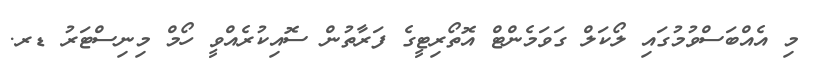
މި އެއްބަސްވުމުގައި ލޯކަލް ގަވަމެންޓް އޮތޯރިޓީގެ ފަރާތުން ސޮއިކުރެއްވީ ހޯމް މިނިސްޓަރު ޑރ.